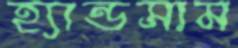
হ্যান্ডসাম